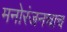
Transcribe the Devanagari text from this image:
मनोरंजनचाच